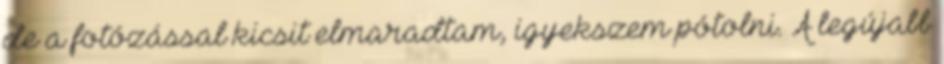
de a fotózással kicsit elmaradtam, igyekszem pótolni. A legújabb